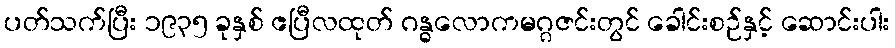
ပတ်သက်ပြီး ၁၉၃၅ ခုနှစ် ဧပြီလထုတ် ဂန္ဓလောကမဂ္ဂဇင်းတွင် ခေါင်းစဉ်နှင့် ဆောင်းပါး